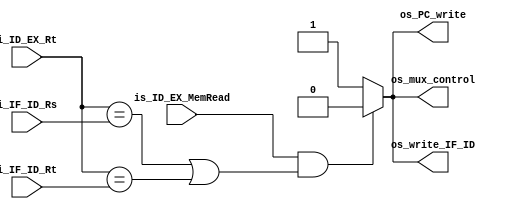
`timescale 1ns / 1ps
module hazard_unit(
                  input  wire         is_ID_EX_MemRead,
                  input  wire [4 : 0] i_ID_EX_Rt,
                  input  wire [4 : 0] i_IF_ID_Rs,
                  input  wire [4 : 0] i_IF_ID_Rt,
                  output reg          os_PC_write,
                  output reg          os_write_IF_ID,
                  output reg          os_mux_control
                  );

    always@(*)begin
        if(is_ID_EX_MemRead == 1'b1 && ((i_ID_EX_Rt == i_IF_ID_Rs) || 
        (i_ID_EX_Rt == i_IF_ID_Rt)))begin
            os_PC_write    = 0;//no escribo el pc
            os_write_IF_ID = 0;//no escribo el latch
            os_mux_control = 0;//pongo todos 0 en control
        end
        else begin
            os_PC_write    = 1;
            os_write_IF_ID = 1;
            os_mux_control = 1;
            
        end
    end

endmodule